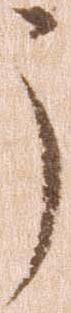
う